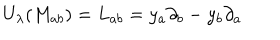
U _ { \lambda } ( M _ { a b } ) = L _ { a b } = y _ { a } \partial _ { b } - y _ { b } \partial _ { a }